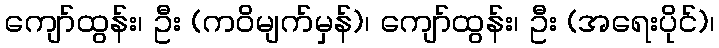
ကျော်ထွန်း၊ ဦး (ကဝိမျက်မှန်)၊ ကျော်ထွန်း၊ ဦး (အရေးပိုင်)၊